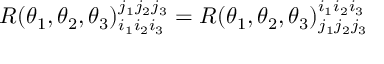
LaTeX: R ( \theta _ { 1 } , \theta _ { 2 } , \theta _ { 3 } ) _ { i _ { 1 } i _ { 2 } i _ { 3 } } ^ { j _ { 1 } j _ { 2 } j _ { 3 } } = R ( \theta _ { 1 } , \theta _ { 2 } , \theta _ { 3 } ) _ { j _ { 1 } j _ { 2 } j _ { 3 } } ^ { i _ { 1 } i _ { 2 } i _ { 3 } }